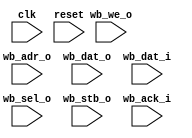
// This program was cloned from: https://github.com/ryuz/jelly
// License: MIT License

// ---------------------------------------------------------------------------
//  Jelly  -- The platform for real-time computing
//
//                                 Copyright (C) 2008-2015 by Ryuz
//                                 https://github.com/ryuz/jelly.git
// ---------------------------------------------------------------------------



`timescale 1ns / 1ps



module jelly_wishbone_logger
        #(
            parameter   ADR_WIDTH      = 12,
            parameter   DAT_SIZE       = 2,     // 2^n (0:8bit, 1:16bit, 2:32bit ...)
            parameter   DAT_WIDTH      = (8 << DAT_SIZE),
            parameter   SEL_WIDTH      = (DAT_WIDTH / 8),
            parameter   WRITE_LOG_FILE = "",
            parameter   READ_LOG_FILE  = "",
            parameter   DISPLAY        = 1,
            parameter   MESSAGE        = "[wishbone]"
        )
        (
            // system
            input   wire                        clk,
            input   wire                        reset,
            
            // wishbone
            input   wire    [ADR_WIDTH-1:0]     wb_adr_o,
            input   wire    [DAT_WIDTH-1:0]     wb_dat_o,
            input   wire    [DAT_WIDTH-1:0]     wb_dat_i,
            input   wire                        wb_we_o,
            input   wire    [SEL_WIDTH-1:0]     wb_sel_o,
            input   wire                        wb_stb_o,
            input   wire                        wb_ack_i            
        );
    
    
    integer                     file;
    
    initial begin
        if ( WRITE_LOG_FILE != "" ) begin
            file = $fopen(WRITE_LOG_FILE);
            $fclose(file);
        end
        if ( READ_LOG_FILE != "" ) begin
            file = $fopen(READ_LOG_FILE);
            $fclose(file);
        end
    end
    
    always @(posedge clk) begin
        if ( !reset ) begin
            // write
            if ( wb_stb_o & wb_we_o & wb_ack_i ) begin
                if ( DISPLAY ) begin
                    $display("w %h %h %h %d %s", wb_adr_o, wb_dat_o, wb_sel_o, $time, MESSAGE);
                end
                if ( WRITE_LOG_FILE != "" ) begin
                    file = $fopen(WRITE_LOG_FILE, "a");
                    $fdisplay(file, "w %h %h %h %d %s", wb_adr_o, wb_dat_o, wb_sel_o, $time, MESSAGE);
                    $fclose(file);
                end
            end
            
            // read
            if ( wb_stb_o & !wb_we_o & wb_ack_i ) begin
                if ( DISPLAY ) begin
                    $display("r %h %h %h %d %s", wb_adr_o, wb_dat_i, wb_sel_o, $time, MESSAGE);
                end
                if ( READ_LOG_FILE != "" ) begin
                    file = $fopen(READ_LOG_FILE, "a");
                    $fdisplay(file, "r %h %h %h %d %s", wb_adr_o, wb_dat_i, wb_sel_o, $time, MESSAGE);
                    $fclose(file);
                end
            end
            
        end
    end
    
endmodule


// end of file